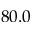
8 0 . 0